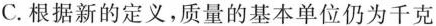
C. 根据新的定义，质量的基本单位仍为千克